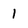
Character: 1